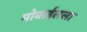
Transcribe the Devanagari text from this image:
मोबाईलला